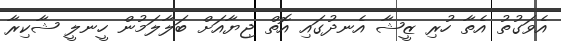
އެވަގުތު އެތާ ހުރި ޒީޝާ އެނދުގައި އޮތް ޖިޔާއަށް ބަލާލަމުން ހީނލީ ޝާކިރާ